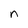
Character: n